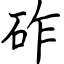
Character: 砟